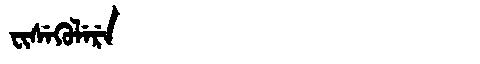
Manchu: ᠸᡳᠰᡝᡴᡠᠯᡝᡵᡝ
Romanization: FISEKULERE